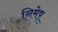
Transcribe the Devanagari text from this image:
निमेष्